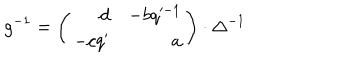
g ^ { - 1 } = \left( \begin{array} { r r } { { d } } & { { - b q ^ { - 1 } } } \\ { { - c q ^ { \prime } } } & { { a } } \\ \end{array} \right) \cdot \Delta ^ { - 1 }